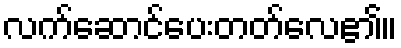
လက်ဆောင်ပေးတတ်လေ၏။